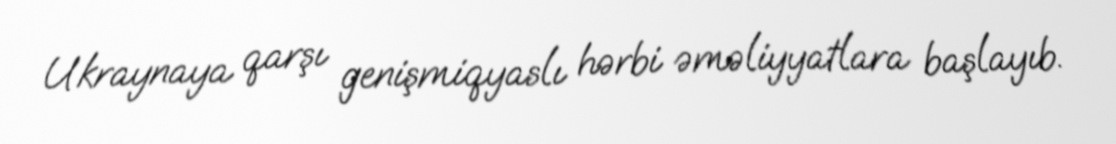
Ukraynaya qarşı genişmiqyaslı hərbi əməliyyatlara başlayıb.